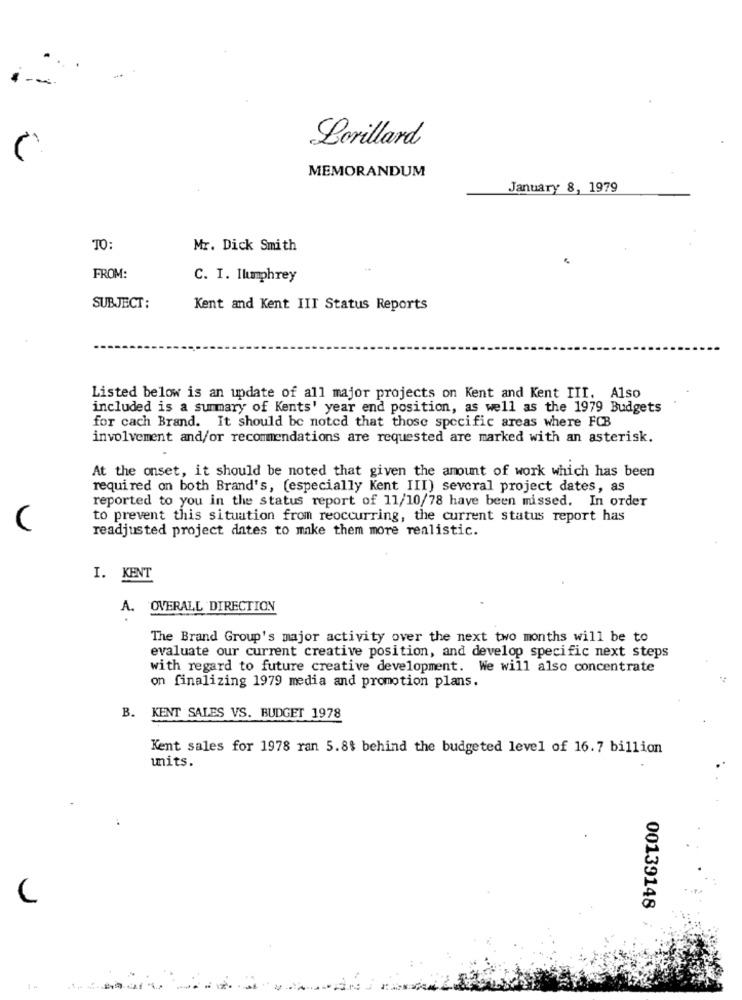
Lorillard
MEMORANDUM
January 8, 1979
TO:
Mr. Dick Smith
FROM:
C. I. Ilumphrey
SUBJECT:
Kent and Kent III Status Reports
Listed below is an update of all major projects on Kent and Kent III. Also
included is a summary of Kents' year end position, as well as the 1979 Budgets
for cach Brand. It should be noted that those specific areas where FCB
involvement and/or recommendations are requested are marked with an asterisk.
At the onset, it should be noted that given the amount of work which has been
required on both Brand's, (especially Kent III) several project dates, as
reported to you in the status report of 11/10/78 have been missed. In order
to prevent this situation from reoccurring, the current status report has
(
readjusted project dates to make them more realistic.
I. KENT
A. OVERALL DIRECTION
The Brand Group's major activity over the next two months will be to
evaluate our current creative position, and develop specific next steps
with regard to future creative development. We will also concentrate
on finalizing 1979 media and promotion plans.
B. KENT SALES VS. BUDGET 1978
Kent sales for 1978 ran 5.8$ behind the budgeted level of 16.7 billion
mits.
00139148